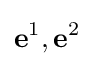
\mathbf {e} ^{1},\mathbf {e} ^{2}